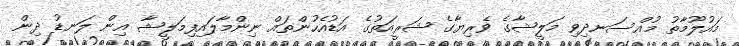
މައުލޫމާތު މުއްސަނދިވި މަލީޝާގެ ވެރިޔާގެ ޝަރީއަތުގެ އަޑުއެހުންތައް ނިންމާލައިފިމަލީޝާ އިން ލަނޑު ދިން